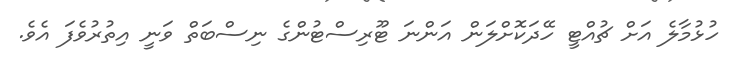
ހުޅުމާލެ އަށް ޗުއްޓީ ހޭދަކޮށްލަން އަންނަ ޓޫރިސްޓުންގެ ނިސްބަތް ވަނީ އިތުރުވެފަ އެވެ.